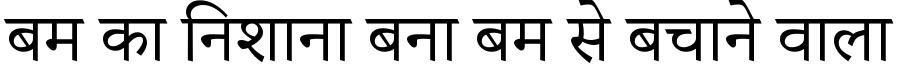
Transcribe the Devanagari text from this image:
बम का निशाना बना बम से बचाने वाला